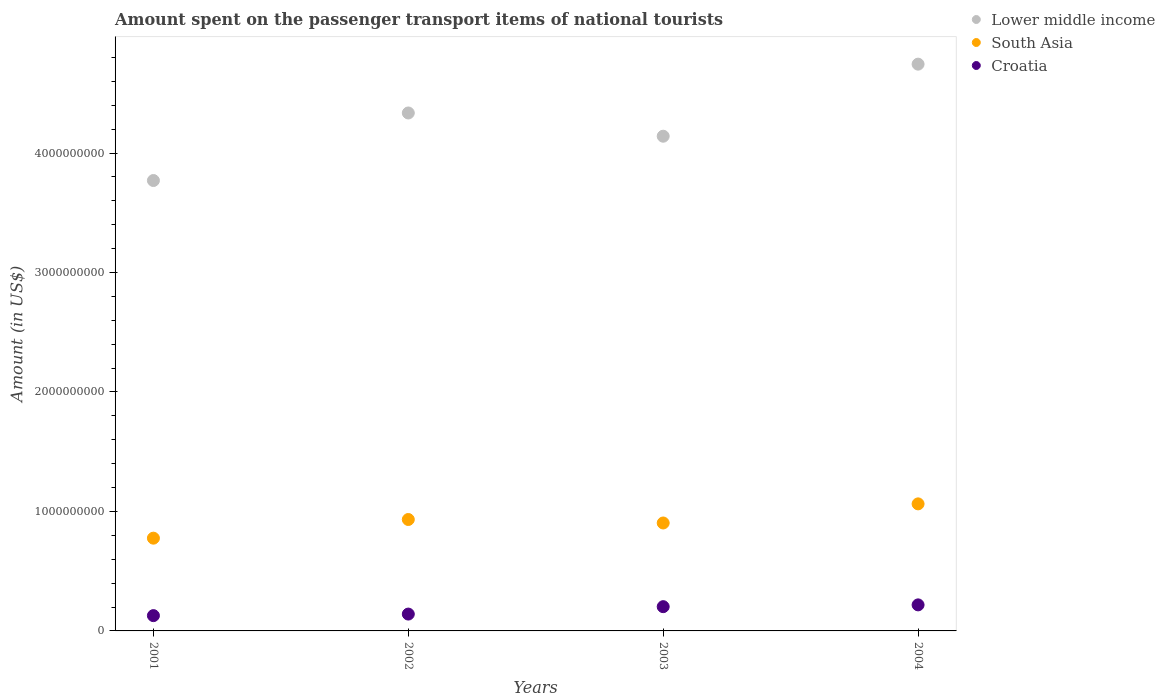
| Years | Lower middle income | South Asia | Croatia |
 | --- | --- | --- | --- |
 | 2001 | 3.77e+09 | 7.76e+08 | 1.28e+08 |
 | 2002 | 4.34e+09 | 9.33e+08 | 1.41e+08 |
 | 2003 | 4.14e+09 | 9.03e+08 | 2.03e+08 |
 | 2004 | 4.74e+09 | 1.06e+09 | 2.18e+08 |